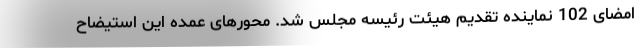
امضای 102 نماینده تقدیم هیئت رئیسه مجلس شد. محورهای عمده این استیضاح